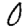
Digit: 0